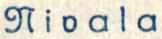
Nivala